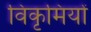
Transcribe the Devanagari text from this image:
विकृमियों